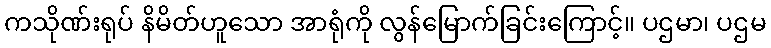
ကသိုဏ်းရုပ် နိမိတ်ဟူသော အာရုံကို လွန်မြောက်ခြင်းကြောင့်။ ပဌမာ၊ ပဌမ